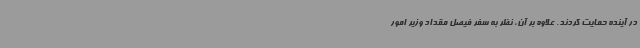
در آینده حمایت کردند. علاوه بر آن، نظر به سفر فیصل مقداد وزیر امور